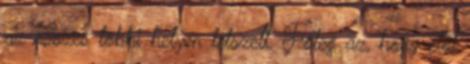
az összes többi helyen tetszett. Főleg az, hogy elől